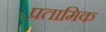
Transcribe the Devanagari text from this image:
प्रतामिक